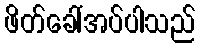
ဖိတ်ခေါ်အပ်ပါသည်